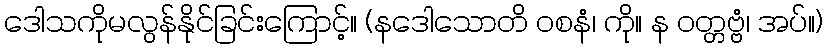
ဒေါသကိုမလွန်နိုင်ခြင်းကြောင့်။ (နဒေါသောတိ ဝစနံ၊ ကို။ န ဝတ္တဗ္ဗံ၊ အပ်။)